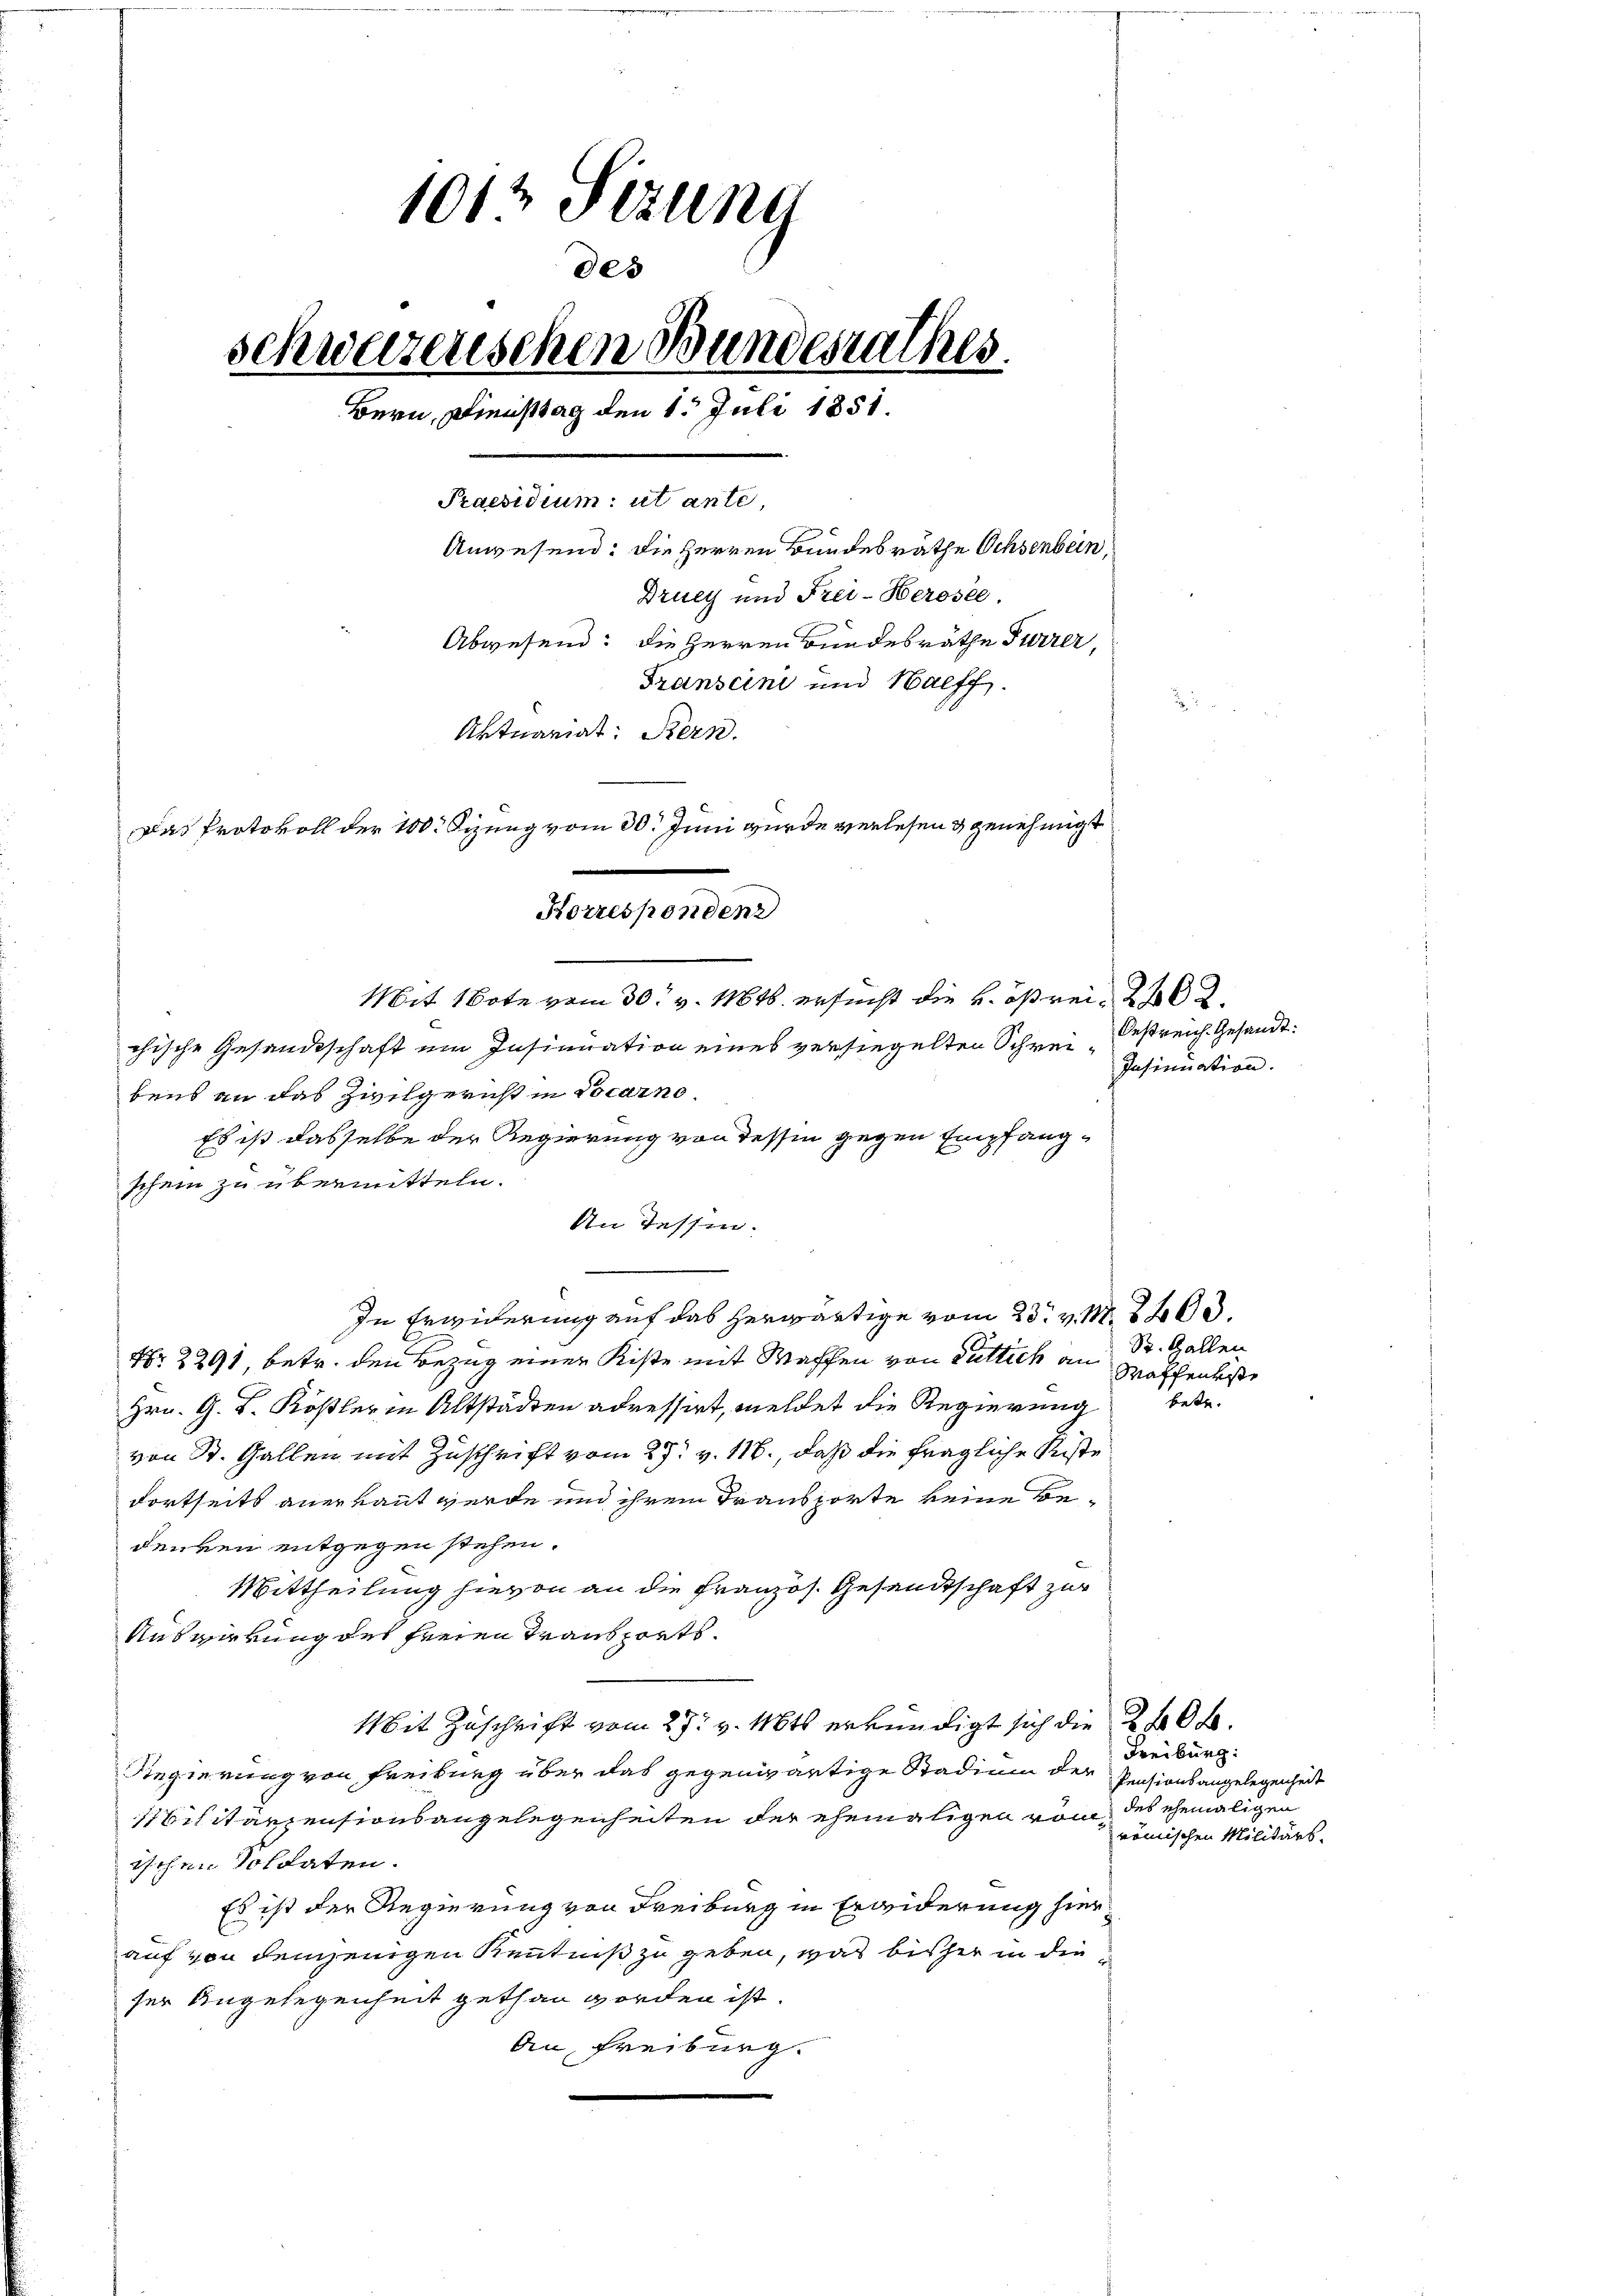
1012 Sezung
des
schweizenschen Bundesrathes.
Bern, Diensttag den 1. Juli 1881.
Praesidium ut ante,
Anwesend: die Herren Bundesräthe Ochsenbein,
Druey und Frei-Herosee.
Abwesend: die Herren Bundesräthe Furrer,
Transcini und Halff.
Aktnamiat: Bern.
Das Protokoll der 100. Sizung vom 30. Juni wurde verlesen & genehmigt

Korrespendenz
Mit 1 Bote vom 30. v. 1846 ersucht die k. östrei- 262.
chische Gesandtschaft im Insinuation eines versiegelten Schrei¬

bens an das Zivilgernst in Locarno.
Es ist dasselbe der Regierung von dessen gegen Empfangschein zu übermitteln.
An Tessin.
In Erwiderung auf das herwärtige vom 23t v. M. 2400.
Nr. 2291, betr. den Bezug einer Kiste mit Waffen von Gütlich an Sr. Gallen
Hrn. G. K. Köstler in Altstädten adressirt, meldet die Regierung betr.
von St. Gallen mit Zuschrift vom 27. v. 116., daß die fragliche Kiste
dortseits anerkannt werde und ihrem Transporte keine Bedenken entgegen stehen.
Mittheilung hievon an die Französ. Gesandtschaft zur
Auswirkung des freien Transports¬
Mit Zuschrift vom 27. v. Mts. erkundigt sich die 2400.
Regierung von Freiburg über das gegenwärtige Stadium der Pensionsangelegenheit
1Silitarzensionsangelegenheiten der ehemaligen vom des ehemaligen
ischen Soldaten.
Es ist der Regierung von Freiburg in Erwiderung hierauf von demjenigen Kenntniß zu geben, was bisher in die
ser Angelegenheit gethan worden ist.
An Freiburg.

Oestreich. Gesandt:
Insinuation.

Waffenkiste

Freiburg:
römischen Militärs.